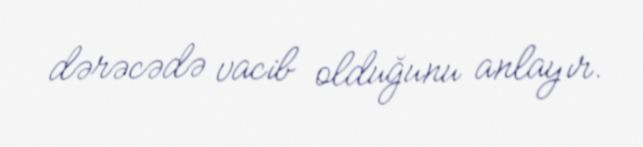
dərəcədə vacib olduğunu anlayır.